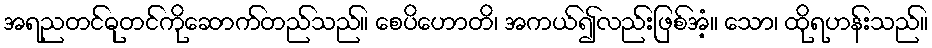
အရညတင်ဓုတင်ကိုဆောက်တည်သည်။ စေပိဟောတိ၊ အကယ်၍လည်းဖြစ်အံ့။ သော၊ ထိုရဟန်းသည်။